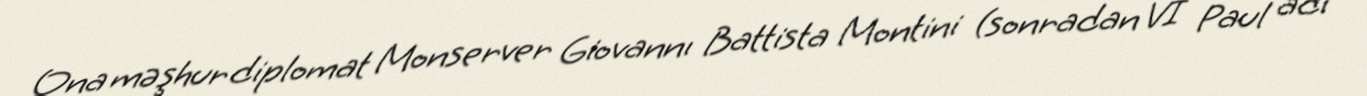
Ona məşhur diplomat Monserver Giovannı Battista Montini (sonradan VI Paul adı